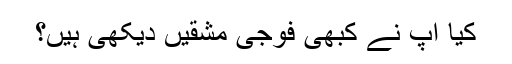
کیا آپ نے کبھی فوجی مشقیں دیکھی ہیں؟